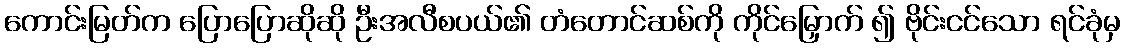
ကောင်းမြတ်က ပြောပြောဆိုဆို ဦးအလီစပယ်၏ တံတောင်ဆစ်ကို ကိုင်မြှောက် ၍ ဗိုင်းငင်သော ရင်ခုံမှ